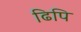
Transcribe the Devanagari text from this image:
ढिपि